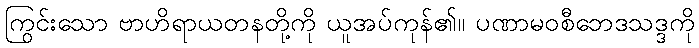
ကြွင်းသော ဗာဟိရာယတနတို့ကို ယူအပ်ကုန်၏။ ပဏာမဝစီဘေဒသဒ္ဒကို